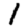
Digit: 1